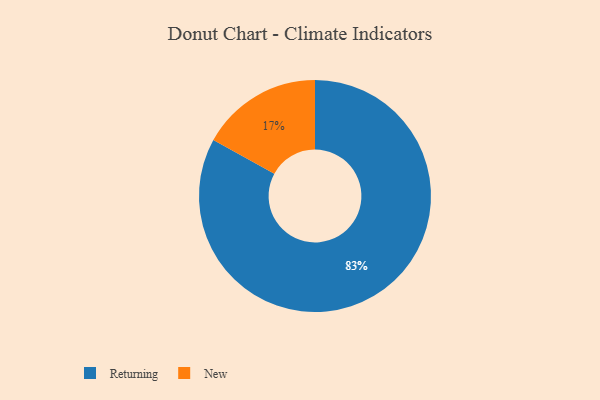
{"axis": {"x": "Category", "y": "Percentage"}, "legend": ["New", "Returning"], "data": [{"x": "New", "y": 17, "type": "New"}, {"x": "Returning", "y": 83, "type": "Returning"}]}